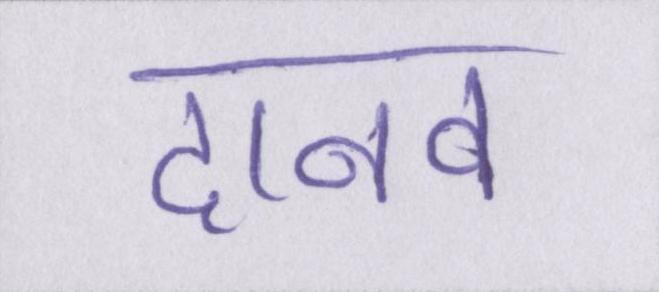
दानव